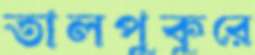
তালপুকুরে